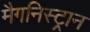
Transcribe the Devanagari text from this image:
मैगनिस्ट्रान